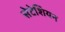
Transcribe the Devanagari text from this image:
सेटेशियन